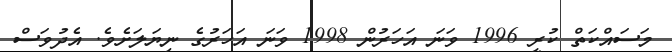
މަސައްކަތް ކުރީ 1996 ވަނަ އަހަރުން 1998 ވަނަ އަހަރުގެ ނިޔަލަށެވެ. އެދުވަސް